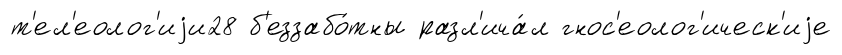
т'ел'еолог'иjи28 б'еззабо́тны разл'ича́л гнос'еолог'ическ'иjе